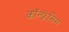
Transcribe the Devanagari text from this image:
कॉंन्फ्रेंसिग